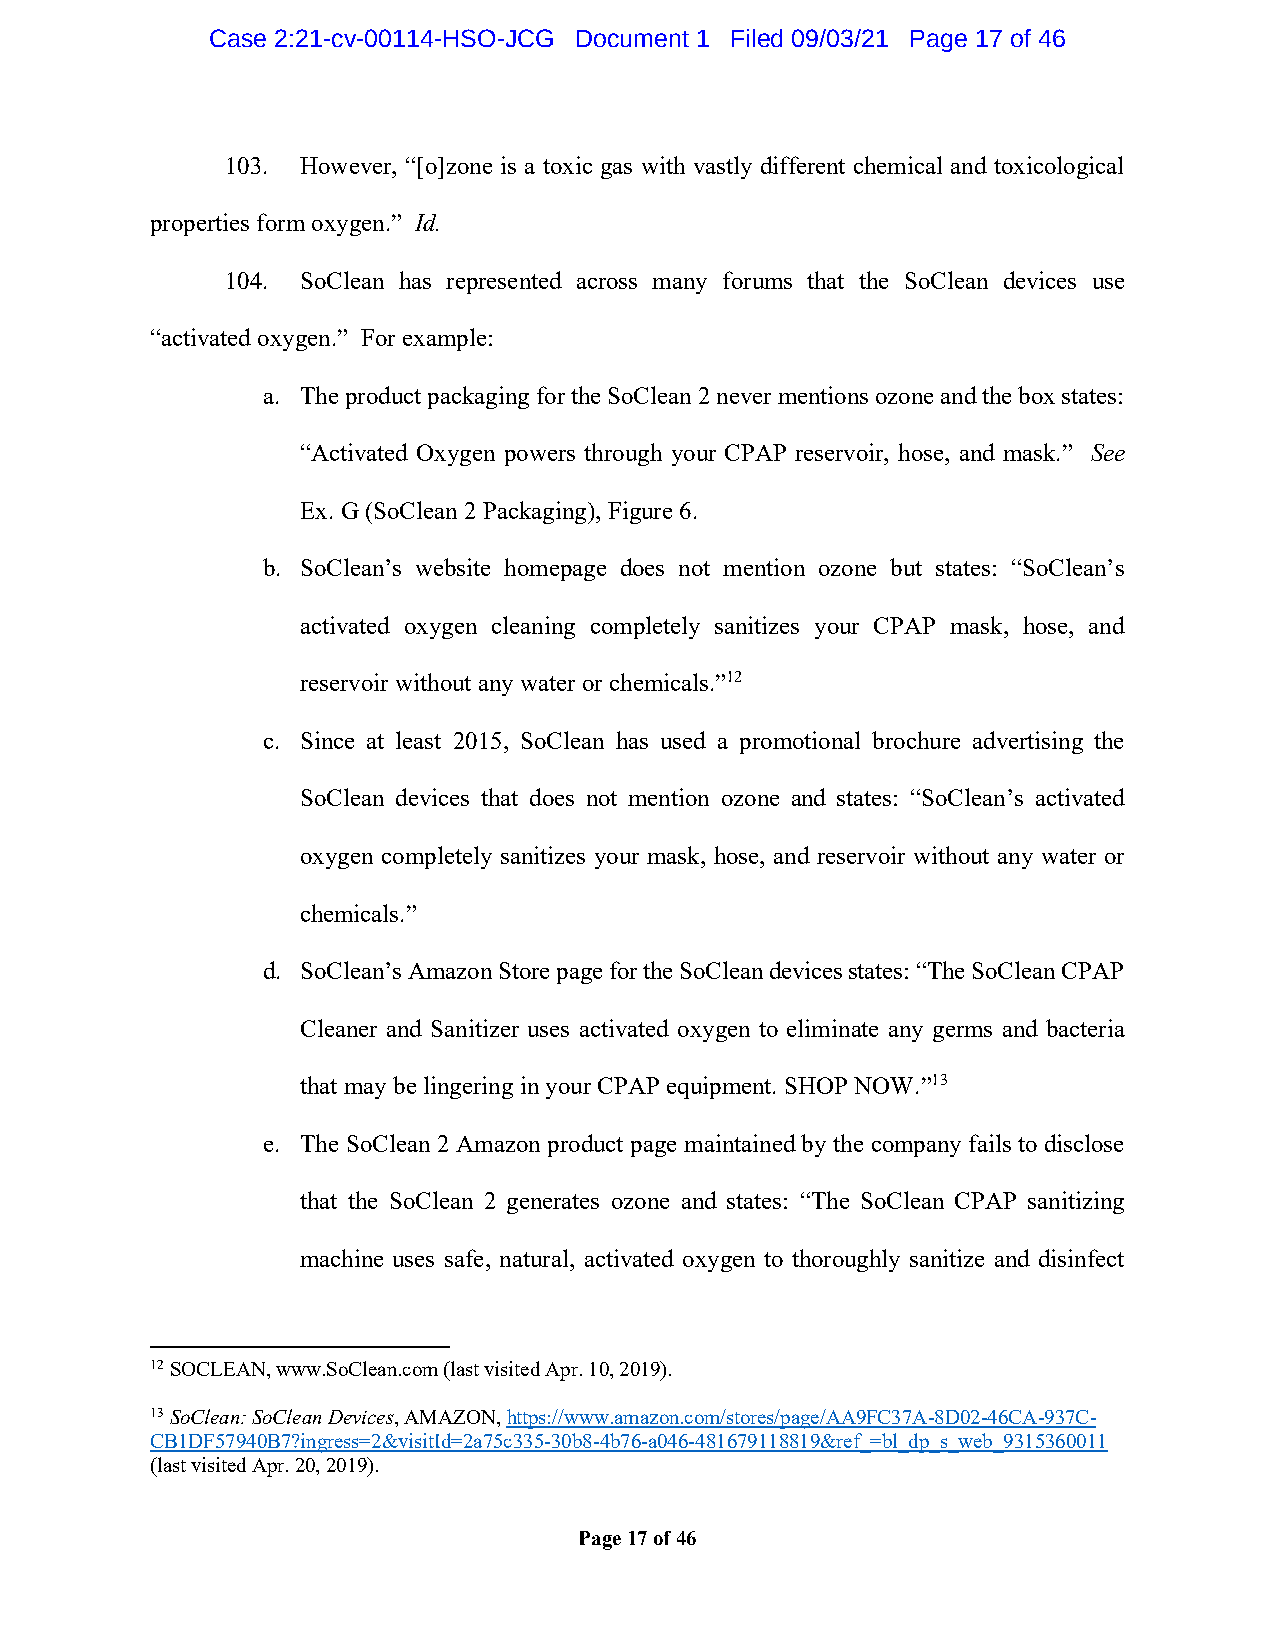
Case 2:21-cv-00114-HSO-JCG Document 1 Filed 09/03/21 Page 17 of 46
 103. However, “[o]zone is a toxic gas with vastly different chemical and toxicological
 properties form oxygen.” Id.
 104. SoClean has represented across many forums that the SoClean devices use
 “activated oxygen.” For example:
 a. The product packaging for the SoClean 2 never mentions ozone and the box states:
 “Activated Oxygen powers through your CPAP reservoir, hose, and mask.” See
 Ex. G (SoClean 2 Packaging), Figure 6.
 b. SoClean’s website homepage does not mention ozone but states: “SoClean’s
 activated oxygen cleaning completely sanitizes your CPAP mask, hose, and
 reservoir without any water or chemicals.”12
 c. Since at least 2015, SoClean has used a promotional brochure advertising the
 SoClean devices that does not mention ozone and states: “SoClean’s activated
 oxygen completely sanitizes your mask, hose, and reservoir without any water or
 chemicals.”
 d. SoClean’s Amazon Store page for the SoClean devices states: “The SoClean CPAP
 Cleaner and Sanitizer uses activated oxygen to eliminate any germs and bacteria
 that may be lingering in your CPAP equipment. SHOP NOW.”13
 e. The SoClean 2 Amazon product page maintained by the company fails to disclose
 that the SoClean 2 generates ozone and states: “The SoClean CPAP sanitizing
 machine uses safe, natural, activated oxygen to thoroughly sanitize and disinfect
 12 SOCLEAN, www.SoClean.com (last visited Apr. 10, 2019).
 13 SoClean: SoClean Devices, AMAZON, https://www.amazon.com/stores/page/AA9FC37A-8D02-46CA-937C-
 CB1DF57940B7?ingress=2&visitId=2a75c335-30b8-4b76-a046-481679118819&ref_=bl_dp_s_web_9315360011
 (last visited Apr. 20, 2019).
 Page 17 of 46